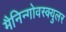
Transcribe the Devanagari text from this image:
मैनिन्गोवस्क्युलर